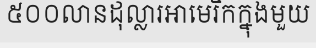
៥០០លានដុល្លារអាមេរិកក្នុងមួយ